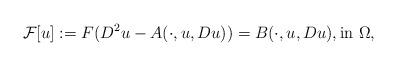
LaTeX: \begin{align*}\mathcal{F}[u]:= F(D^2u-A(\cdot,u,Du))=B(\cdot,u,Du), \mbox{in} \ \Omega,\end{align*}